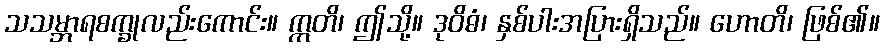
သသမ္ဘာရစက္ခုလည်းကောင်း။ ဣတိ၊ ဤသို့။ ဒုဝိဓံ၊ နှစ်ပါးအပြားရှိသည်။ ဟောတိ၊ ဖြစ်၏။